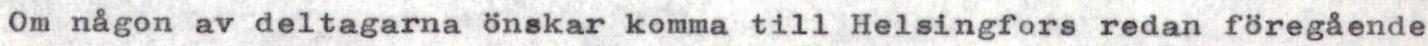
Om någon av deltagarna önskar komma till Helsingfors redan föregående